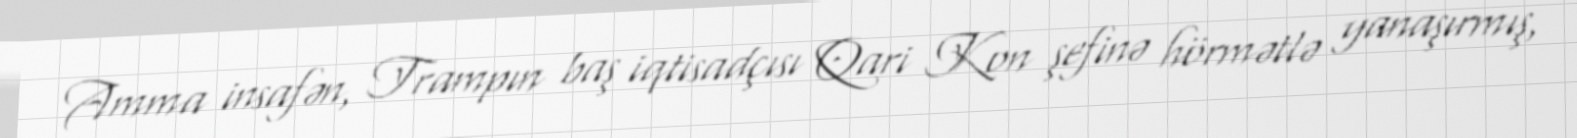
Amma insafən, Trampın baş iqtisadçısı Qari Kon şefinə hörmətlə yanaşırmış,